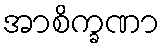
အာစိက္ခဏာ